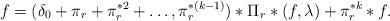
LaTeX: \begin{align*}f=(\delta_0 +\pi_r+\pi^{\ast2}_r+\dots,\pi^{\ast (k-1)}_r)\ast \Pi_r\ast (f,\lambda)+\pi^{\ast k}_r\ast f.\end{align*}